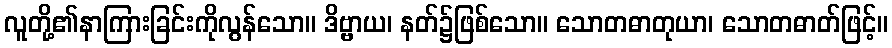
လူတို့၏နာကြားခြင်းကိုလွန်သော။ ဒိဗ္ဗာယ၊ နတ်၌ဖြစ်သော။ သောတဓာတုယာ၊ သောတဓာတ်ဖြင့်။